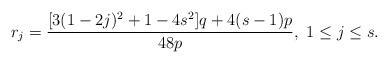
LaTeX: \begin{align*}r_j=\frac{[3(1-2j)^2+1-4s^2]q+4(s-1)p}{48p},\ 1\leq j\leq s.\end{align*}